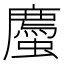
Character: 𫋡